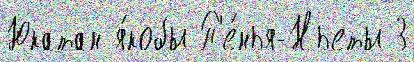
Юкатан я́кобы П'е́нья-Ньеты 3